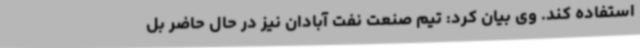
استفاده کند. وی بیان کرد:‌ تیم صنعت نفت آبادان نیز در حال حاضر بل